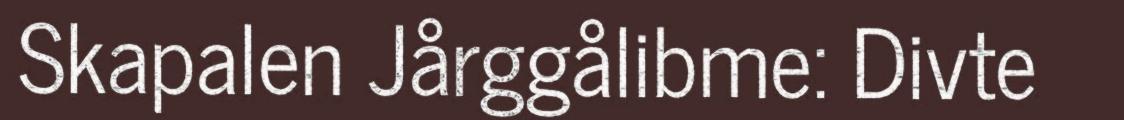
Skapalen Jårggålibme: Divte